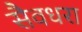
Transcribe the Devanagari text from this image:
सैवधरा